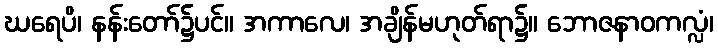
ဃရေပိ၊ နန်းတော်၌ပင်။ အကာလေ၊ အချိန်မဟုတ်ရာ၌။ ဘောဇနာဝကလ္လံ၊